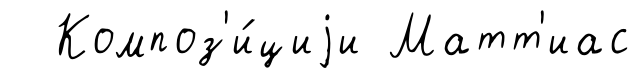
Композ'и́циjи Матт'иас